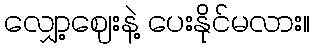
လျှော့ဈေးနဲ့ ပေးနိုင်မလား။